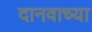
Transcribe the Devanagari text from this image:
दानवाच्या